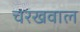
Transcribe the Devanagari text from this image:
चरखवाल